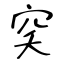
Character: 穾